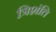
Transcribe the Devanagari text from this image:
त्रिशंति